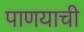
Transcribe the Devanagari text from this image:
पाणयाची